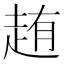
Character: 䞥